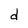
Character: d